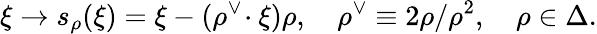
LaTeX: \xi\to s_{\rho}(\xi)=\xi-(\rho^{\vee}\! \cdot\xi)\rho,\quad\rho^{\vee}\equiv 2\rho/\rho^{2},\quad\rho\in\Delta.